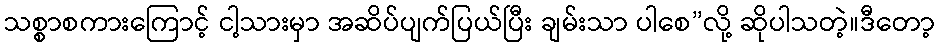
သစ္စာစကားကြောင့် ငါ့သားမှာ အဆိပ်ပျက်ပြယ်ပြီး ချမ်းသာ ပါစေ”လို့ ဆိုပါသတဲ့။ဒီတော့